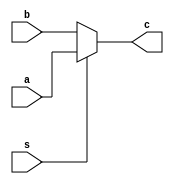
//------------------
//------------------

module mux (c,a,b,s);
  input a,b,s;
  output c;

  // Behavioral Style
  assign c=(s)?a:b;
endmodule